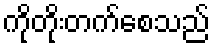
ကိုတိုးတက်စေသည်